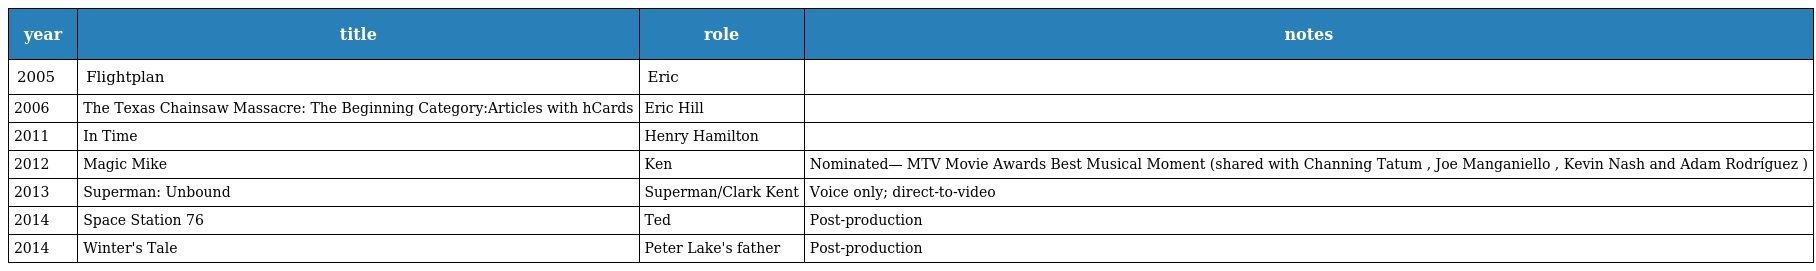
| year | title | role | notes |
 | --- | --- | --- | --- |
 | 2005 | Flightplan | Eric |  |
 | 2006 | The Texas Chainsaw Massacre: The Beginning Category:Articles with hCards | Eric Hill |  |
 | 2011 | In Time | Henry Hamilton |  |
 | 2012 | Magic Mike | Ken | Nominated— MTV Movie Awards Best Musical Moment (shared with Channing Tatum , Joe Manganiello , Kevin Nash and Adam Rodríguez ) |
 | 2013 | Superman: Unbound | Superman/Clark Kent | Voice only; direct-to-video |
 | 2014 | Space Station 76 | Ted | Post-production |
 | 2014 | Winter's Tale | Peter Lake's father | Post-production |